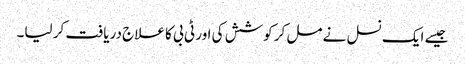
جیسے ایک نسل نے مل کر کوشش کی اور ٹی بی کا علاج دریافت کر لیا۔